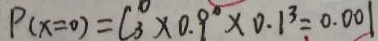
P ( x = 0 ) = C _ { 3 } ^ { 0 } \times 0 . 9 ^ { \circ } \times 0 . 1 ^ { 3 } = 0 . 0 0 1